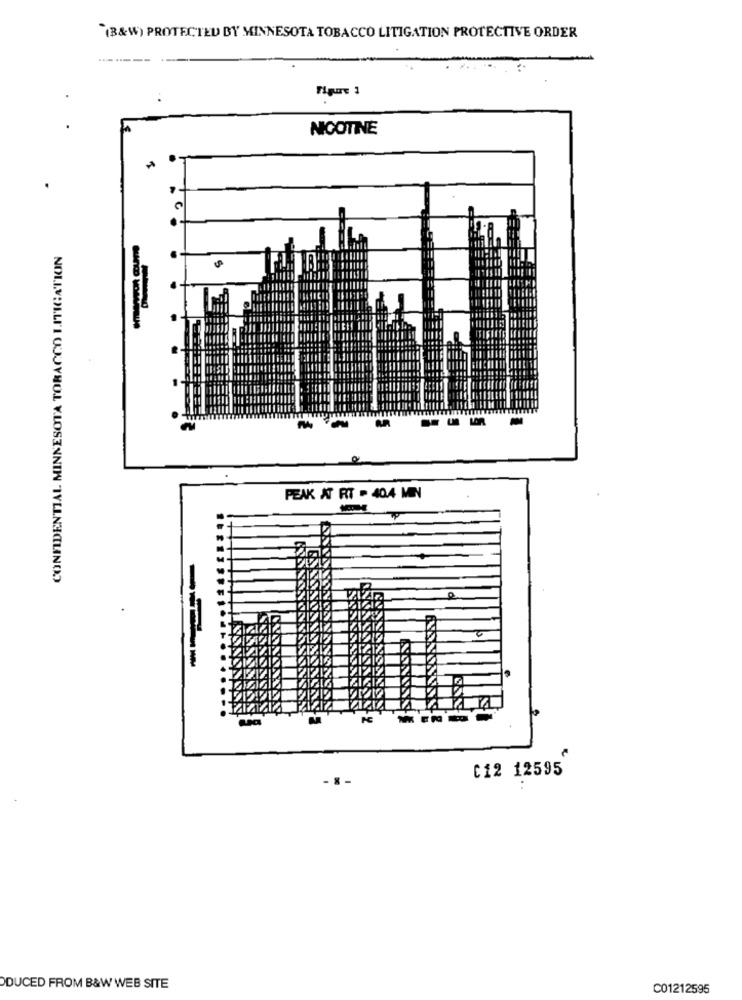
"(B&W) PROTECTED BY MINNESOTA TOBACCO LITIGATION PROTECTIVE ORDER
NICOTINE
CONFIDENTIAL MINNESOTA TOBACCO LITIGATION
PEAK AT RT - 40.4 MIN
----
C12 12595
- 8
DUCED FROM B&W WEB SITE
C01212595